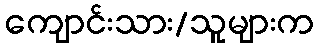
ကျောင်းသား/သူများက